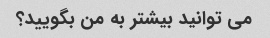
می توانید بیشتر به من بگویید؟